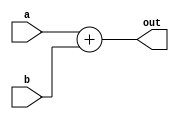



module adder (input [15:0] a, input [15:0] b, output [15:0] out);
 
  assign out = a + b;
endmodule

module and1_2(input a, b, output reg out);
  always @(*) begin
    
    out = a & b;
  end
endmodule

// Inverter outputs the inverse of the input if control is 1.
module inverter(input in, control, output reg out);
  always @(*) begin
    out = (control) ? ~in : in;
  end
endmodule

module mux32_2 (input [15:0] a, b, input high_a, output [15:0] out);
  assign out = high_a ? a : b;
 
endmodule

module mux5_2 (input [4:0] a, b, input high_a, output [4:0] out);
  assign out = high_a ? a : b;
endmodule

// A = 0, B = 1, C = 2
module mux32_3 (input [15:0] a, b, c, input[1:0] control, output [15:0] out);
  assign out = (control == 0) ? a : ((control == 2'b01) ? b : ((control == 2'b10) ? c : 16'bxxxx));
endmodule